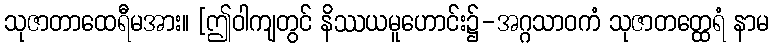
သုဇာတာထေရီမအား။ [ဤဝါကျတွင် နိဿယမူဟောင်း၌-အဂ္ဂသာဝကံ သုဇာတတ္ထေရံ နာမ